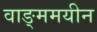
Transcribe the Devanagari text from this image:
वाङ्ममयीन